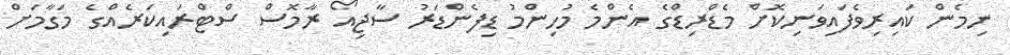
ނިމެން ކައިރިވެފައިވަނިކޮށް މެޑްރިޑްގެ އެންމެ މުހިންމު ޑިފެންޑަރު ސާޖިއޯ ރާމޮސް ސްޓްރައިކަރެއްގެ މަގާމަށް